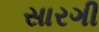
સારગી